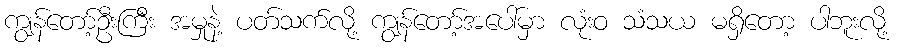
ကျွန်တော့်ဦးကြီး အမှုနဲ့ ပတ်သက်လို့ ကျွန်တော့်အပေါ်မှာ လုံးဝ သံသယ မရှိတော့ ပါဘူးလို့